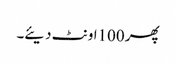
پھر 100اونٹ دیئے۔